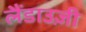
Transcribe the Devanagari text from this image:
लैंडाउज़ी